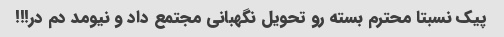
پیک نسبتا محترم بسته رو تحویل نگهبانی مجتمع داد و نیومد دم در!!!